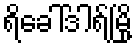
ရိခေါ်ဒါရ်မြို့